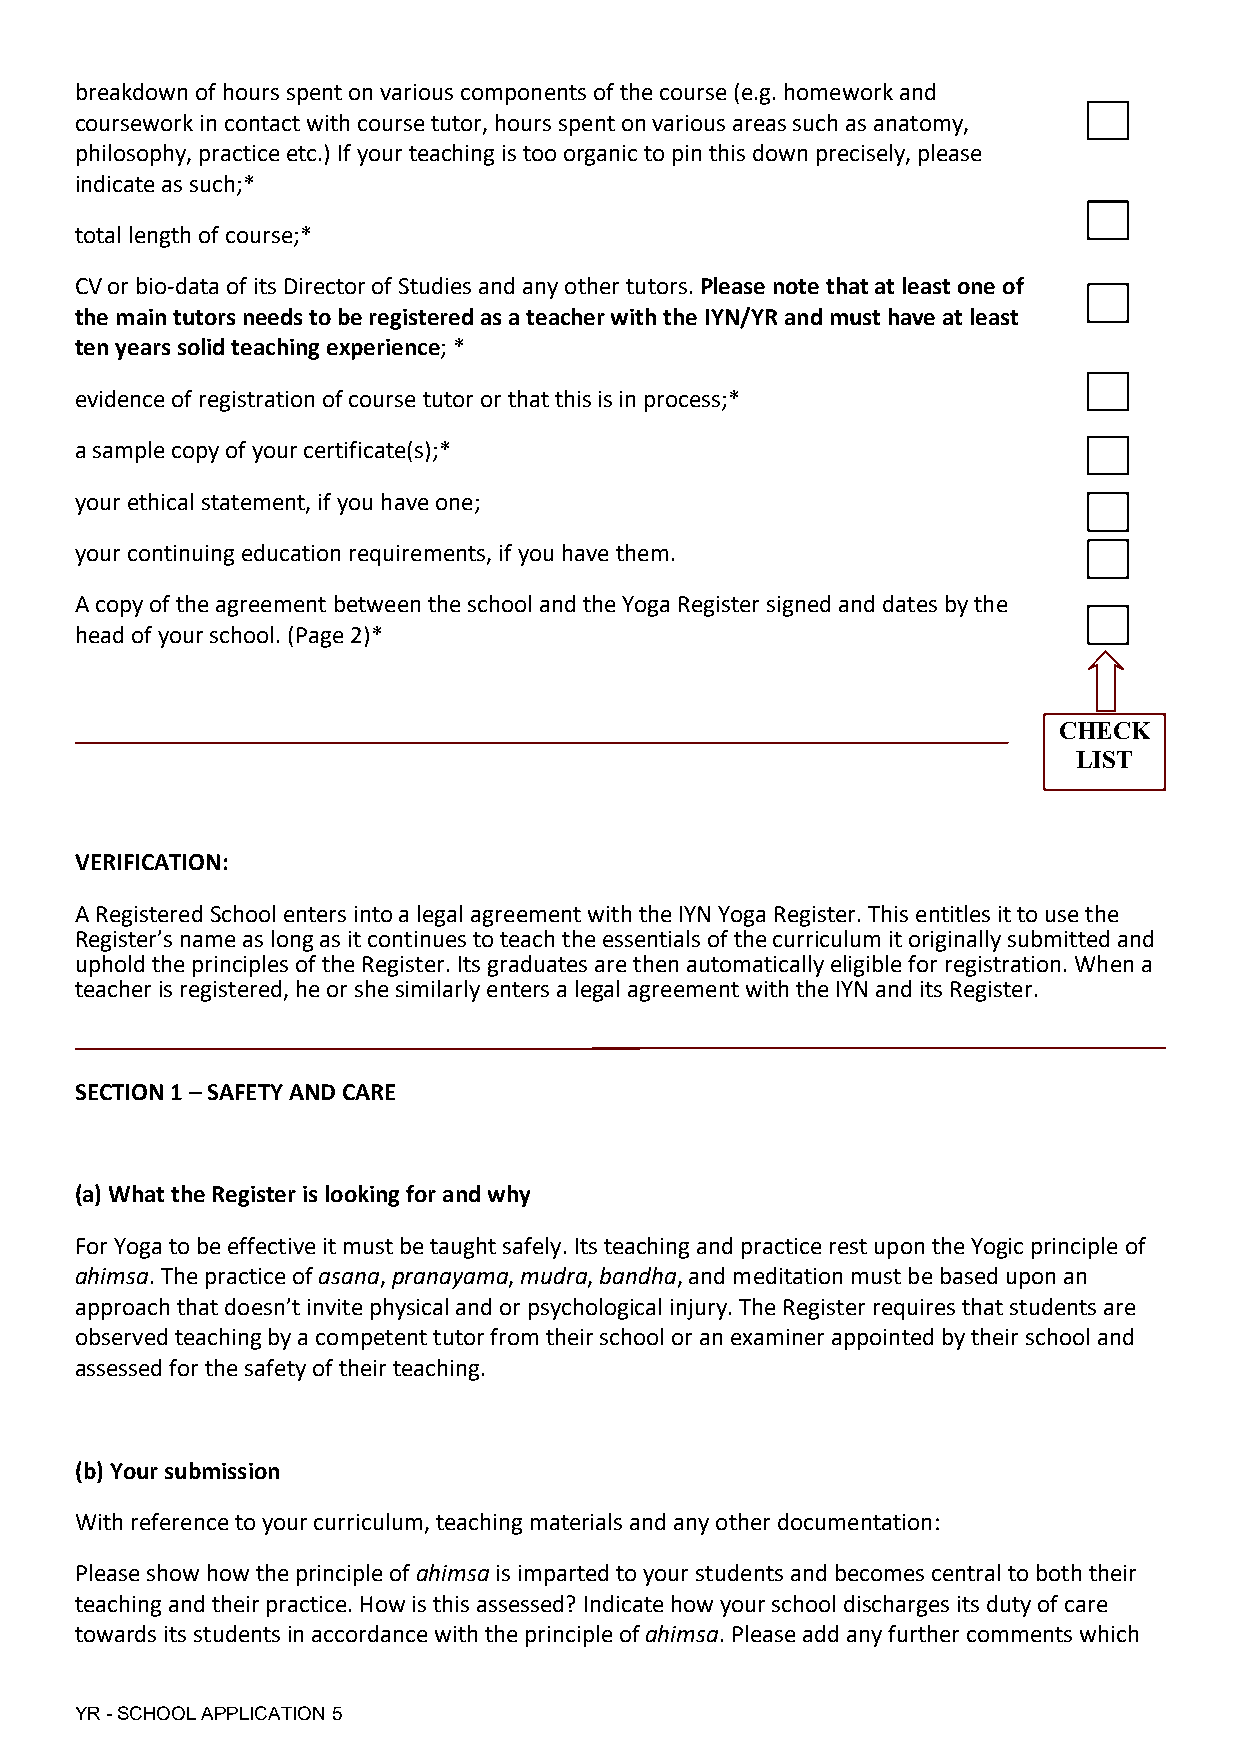
breakdown of hours spent on various components of the course (e.g. homework and
 coursework in contact with course tutor, hours spent on various areas such as anatomy,
 philosophy, practice etc.) If your teaching is too organic to pin this down precisely, please
 indicate as such;*
 total length of course;*
 CV or bio-data of its Director of Studies and any other tutors. Please note that at least one of
 the main tutors needs to be registered as a teacher with the IYN/YR and must have at least
 ten years solid teaching experience; *
 evidence of registration of course tutor or that this is in process;*
 a sample copy of your certificate(s);*
 your ethical statement, if you have one;
 your continuing education requirements, if you have them.
 A copy of the agreement between the school and the Yoga Register signed and dates by the
 head of your school. (Page 2)*
 CHECK
 LIST
 VERIFICATION:
 A Registered School enters into a legal agreement with the IYN Yoga Register. This entitles it to use the
 Register’s name as long as it continues to teach the essentials of the curriculum it originally submitted and
 uphold the principles of the Register. Its graduates are then automatically eligible for registration. When a
 teacher is registered, he or she similarly enters a legal agreement with the IYN and its Register.
 SECTION 1 – SAFETY AND CARE
 (a) What the Register is looking for and why
 For Yoga to be effective it must be taught safely. Its teaching and practice rest upon the Yogic principle of
 ahimsa. The practice of asana, pranayama, mudra, bandha, and meditation must be based upon an
 approach that doesn’t invite physical and or psychological injury. The Register requires that students are
 observed teaching by a competent tutor from their school or an examiner appointed by their school and
 assessed for the safety of their teaching.
 (b) Your submission
 With reference to your curriculum, teaching materials and any other documentation:
 Please show how the principle of ahimsa is imparted to your students and becomes central to both their
 teaching and their practice. How is this assessed? Indicate how your school discharges its duty of care
 towards its students in accordance with the principle of ahimsa. Please add any further comments which
 YR - SCHOOL APPLICATION 5